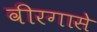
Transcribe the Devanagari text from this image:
वीरगासे